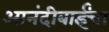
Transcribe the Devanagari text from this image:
आनंदीबाईंचा